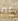
لم